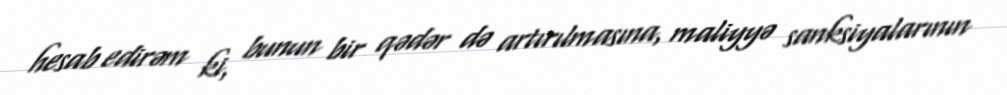
hesab edirəm ki, bunun bir qədər də artırılmasına, maliyyə sanksiyalarının